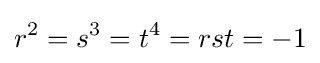
r^{2}=s^{3}=t^{4}=rst=-1